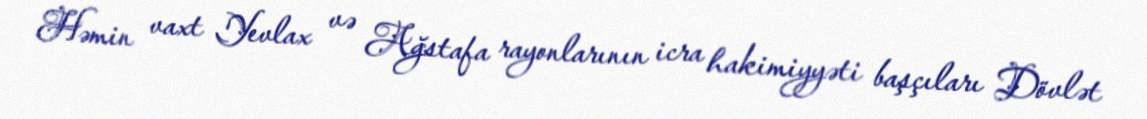
Həmin vaxt Yevlax və Ağstafa rayonlarının icra hakimiyyəti başçıları Dövlət